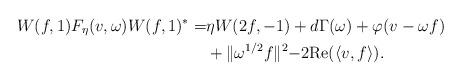
LaTeX: \begin{align*}W(f,1)F_{\eta}(v,\omega)W(f,1)^*=&\eta W(2f,-1)+d\Gamma(\omega)+\varphi(v-\omega f)\\&+\lVert \omega^{1/2} f\lVert^2-2\textup{Re}(\langle v ,f \rangle).\end{align*}